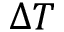
\Delta T